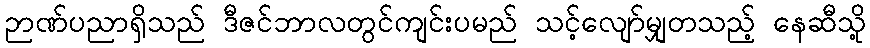
ဉာဏ်ပညာရှိသည် ဒီဇင်ဘာလတွင်ကျင်းပမည် သင့်လျော်မျှတသည့် နေဆီသို့